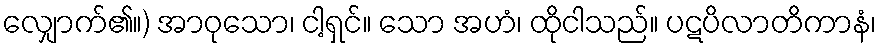
လျှောက်၏။) အာဝုသော၊ ငါ့ရှင်။ သော အဟံ၊ ထိုငါသည်။ ပဋပိလာတိကာနံ၊